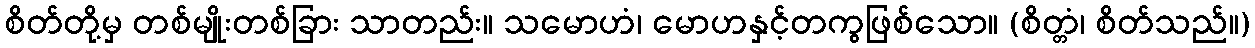
စိတ်တို့မှ တစ်မျိုးတစ်ခြား သာတည်း။ သမောဟံ၊ မောဟနှင့်တကွဖြစ်သော။ (စိတ္တံ၊ စိတ်သည်။)